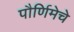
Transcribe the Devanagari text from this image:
पौर्णिमेचे